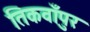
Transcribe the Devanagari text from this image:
तिकवाँपुर